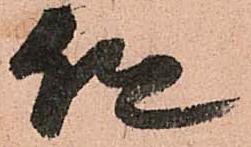
但